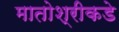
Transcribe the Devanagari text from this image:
मातोश्रीकडे